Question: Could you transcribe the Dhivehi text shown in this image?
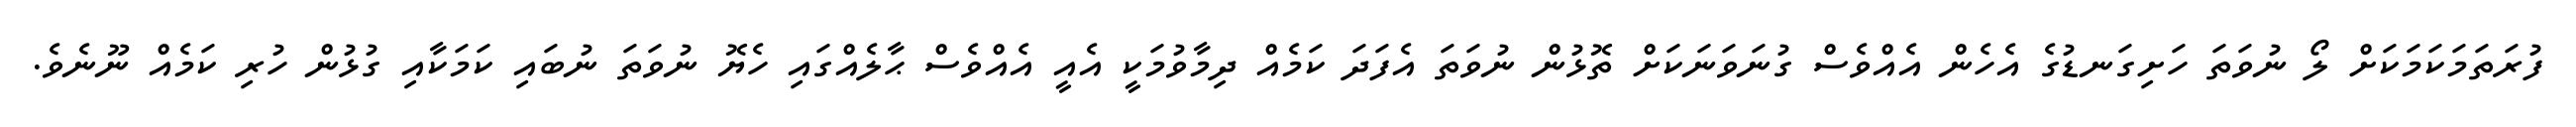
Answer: ފުރަތަމަކަމަކަށް ލޯ ނުވަތަ ހަށިގަނޑުގެ އެހެން އެއްވެސް ގުނަވަނަކަށް ތޮޅުން ނުވަތަ އެފަދަ ކަމެއް ދިމާވުމަކީ އެއީ އެއްވެސް ޙާލެއްގައި ހެޔޮ ނުވަތަ ނުބައި ކަމަކާއި ގުޅުން ހުރި ކަމެއް ނޫނެވެ.